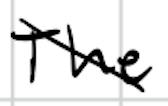
Text: The
Cross-out: diagonal
Writing tool: digital_black